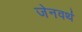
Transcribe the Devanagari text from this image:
जेनवर्थ